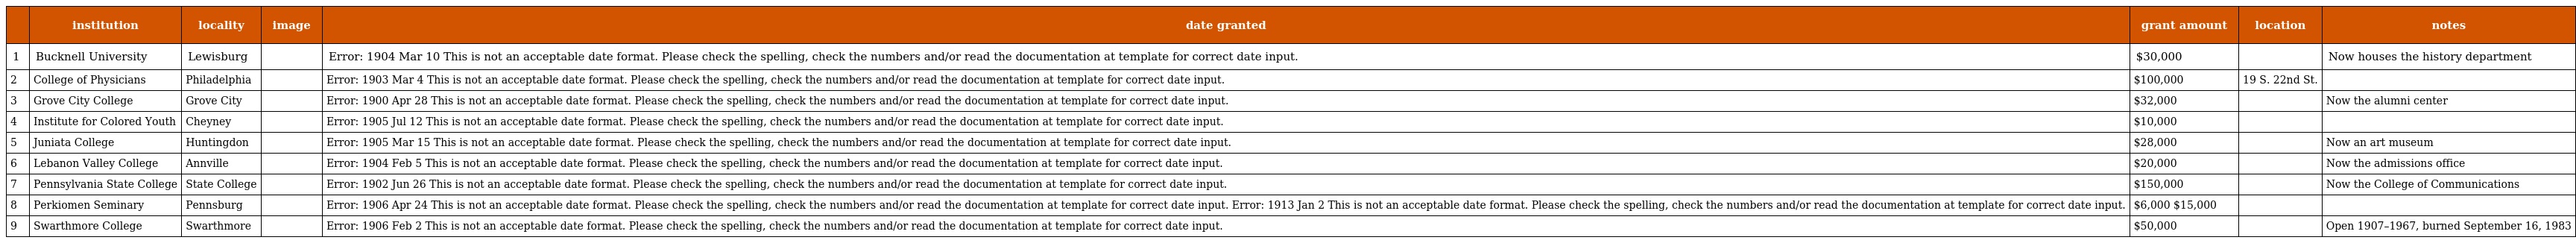
|  | institution | locality | image | date granted | grant amount | location | notes |
 | --- | --- | --- | --- | --- | --- | --- | --- |
 | 1 | Bucknell University | Lewisburg |  | Error: 1904 Mar 10 This is not an acceptable date format. Please check the spelling, check the numbers and/or read the documentation at template for correct date input. | $30,000 |  | Now houses the history department |
 | 2 | College of Physicians | Philadelphia |  | Error: 1903 Mar 4 This is not an acceptable date format. Please check the spelling, check the numbers and/or read the documentation at template for correct date input. | $100,000 | 19 S. 22nd St. |  |
 | 3 | Grove City College | Grove City |  | Error: 1900 Apr 28 This is not an acceptable date format. Please check the spelling, check the numbers and/or read the documentation at template for correct date input. | $32,000 |  | Now the alumni center |
 | 4 | Institute for Colored Youth | Cheyney |  | Error: 1905 Jul 12 This is not an acceptable date format. Please check the spelling, check the numbers and/or read the documentation at template for correct date input. | $10,000 |  |  |
 | 5 | Juniata College | Huntingdon |  | Error: 1905 Mar 15 This is not an acceptable date format. Please check the spelling, check the numbers and/or read the documentation at template for correct date input. | $28,000 |  | Now an art museum |
 | 6 | Lebanon Valley College | Annville |  | Error: 1904 Feb 5 This is not an acceptable date format. Please check the spelling, check the numbers and/or read the documentation at template for correct date input. | $20,000 |  | Now the admissions office |
 | 7 | Pennsylvania State College | State College |  | Error: 1902 Jun 26 This is not an acceptable date format. Please check the spelling, check the numbers and/or read the documentation at template for correct date input. | $150,000 |  | Now the College of Communications |
 | 8 | Perkiomen Seminary | Pennsburg |  | Error: 1906 Apr 24 This is not an acceptable date format. Please check the spelling, check the numbers and/or read the documentation at template for correct date input. Error: 1913 Jan 2 This is not an acceptable date format. Please check the spelling, check the numbers and/or read the documentation at template for correct date input. | $6,000 $15,000 |  |  |
 | 9 | Swarthmore College | Swarthmore |  | Error: 1906 Feb 2 This is not an acceptable date format. Please check the spelling, check the numbers and/or read the documentation at template for correct date input. | $50,000 |  | Open 1907–1967, burned September 16, 1983 |